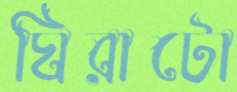
ঘিরাটো